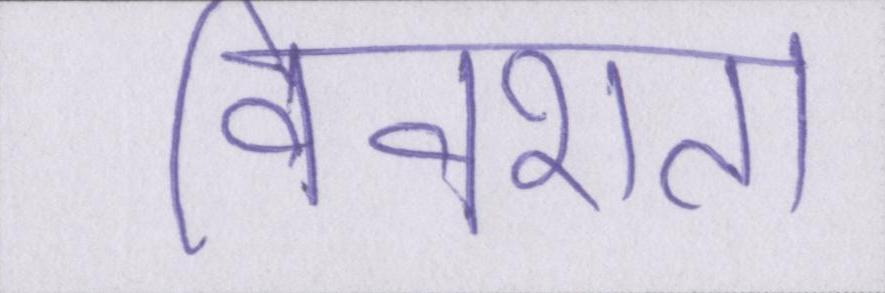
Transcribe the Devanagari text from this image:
विवशता